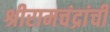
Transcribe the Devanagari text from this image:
श्रीरामचंद्रांची